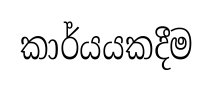
කාර්යයකදීම